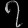
Digit: ၇